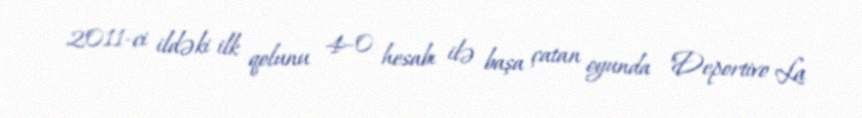
2011-ci ildəki ilk qolunu 4–0 hesabı ilə başa çatan oyunda "Deportivo La